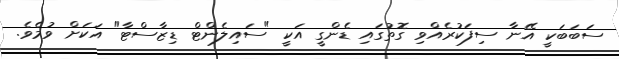
ސަބަބަކީ އޭނާ ސިފަކުރެއްވި ގޮތުގައި ޑެންގީ އަކީ "ސައިލެންޓް ޑިޒާސްޓާ" އަކަށް ވުމެވެ.